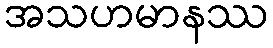
အသဟမာနဿ